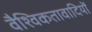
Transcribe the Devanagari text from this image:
वैश्विकतावादियों